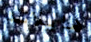
هايلاند